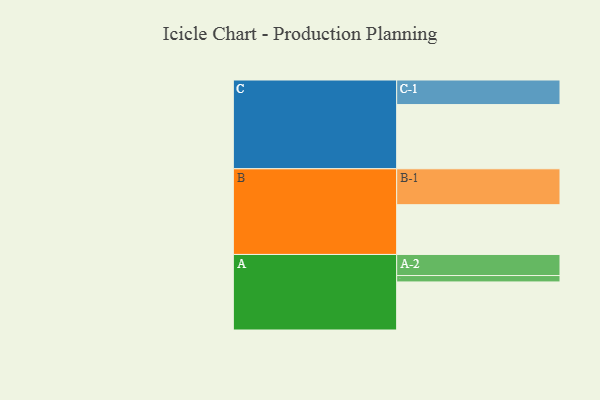
{"axis": {"x": "Segment", "y": "Value"}, "legend": ["", "A", "B", "C"], "data": [{"x": "A", "y": 399, "type": ""}, {"x": "B", "y": 413, "type": ""}, {"x": "C", "y": 533, "type": ""}, {"x": "A-1", "y": 53, "type": "A"}, {"x": "A-2", "y": 175, "type": "A"}, {"x": "B-1", "y": 298, "type": "B"}, {"x": "C-1", "y": 204, "type": "C"}]}